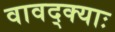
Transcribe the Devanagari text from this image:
वावद्क्याः